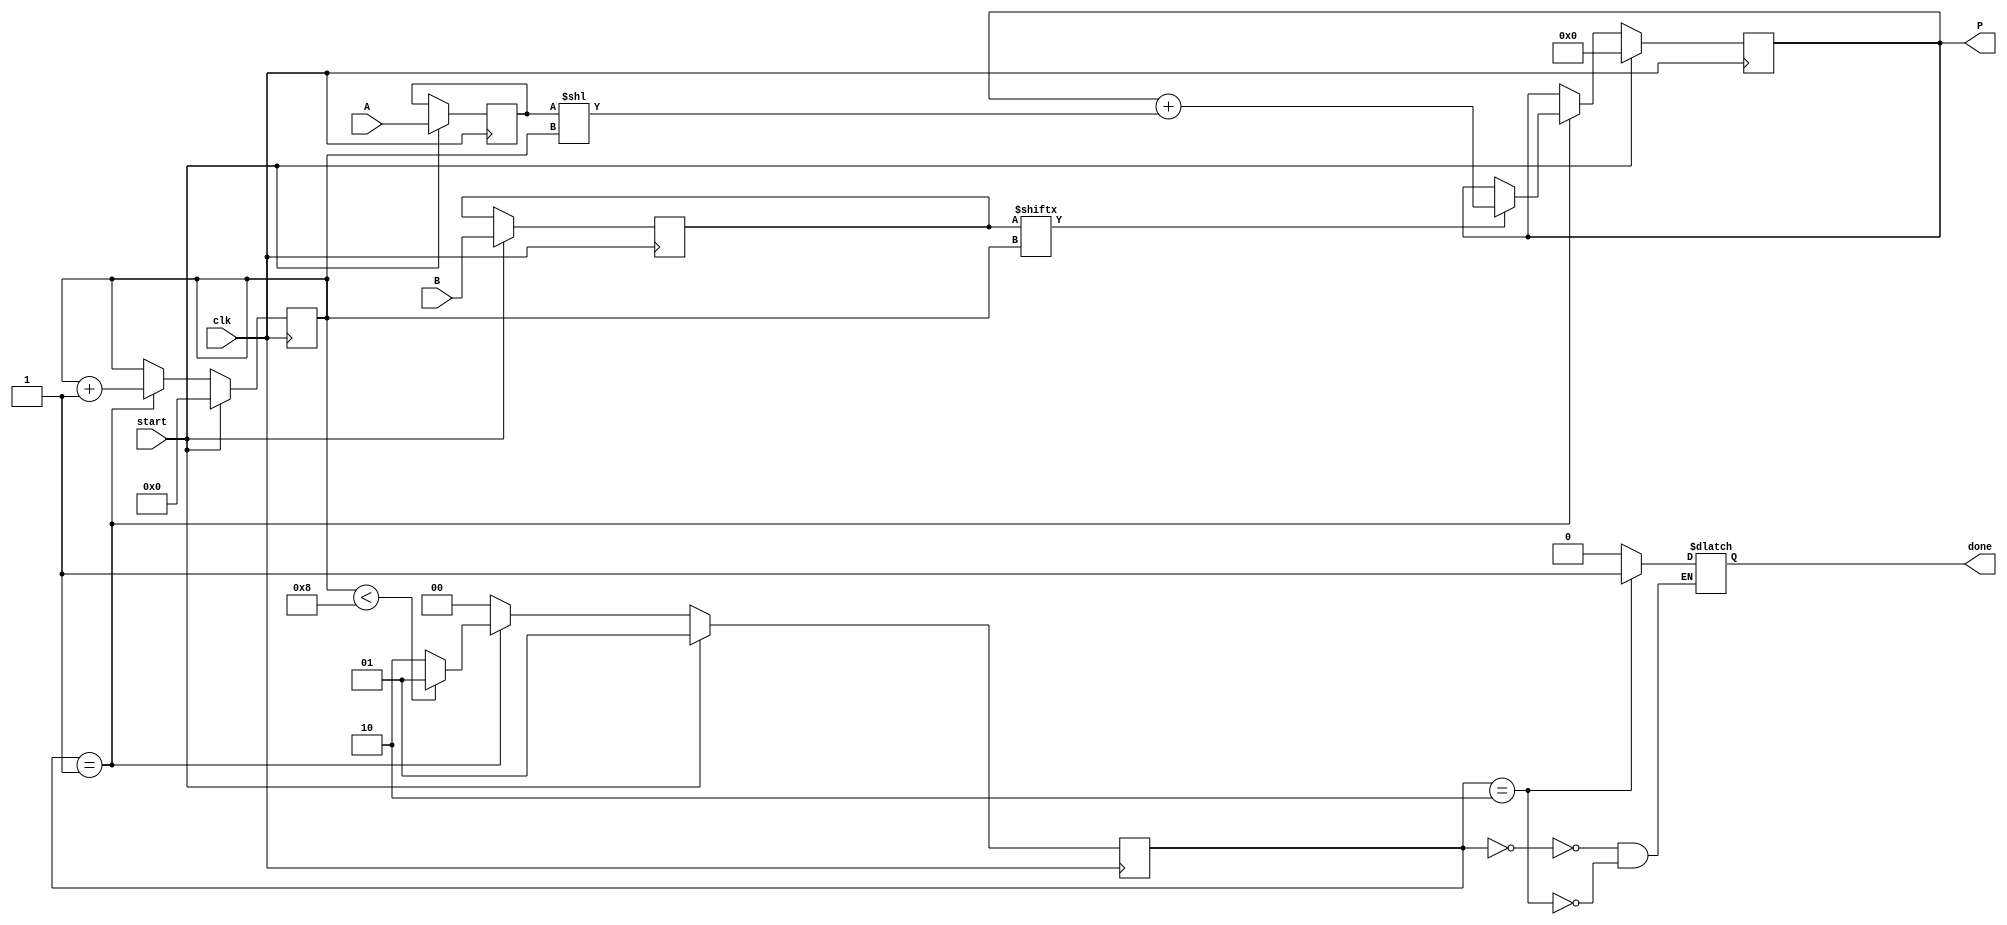
module radix2_multiplier #(parameter N = 8) (
    input wire [N-1:0] A,     // First operand
    input wire [N-1:0] B,     // Second operand
    input wire clk,            // Clock signal
    input wire start,          // Start signal for multiplication
    output reg [2*N-1:0] P,    // Product output
    output reg done            // Done signal to indicate completion
);

    reg [2*N-1:0] temp_sum;     // Temporary sum for accumulation
    reg [N-1:0] multiplicand;    // Holds the multiplicand (A)
    reg [N-1:0] multiplier;      // Holds the multiplier (B)
    reg [4:0] count;            // Counter for number of bits processed

    // State Machine for control
    localparam IDLE = 2'b00, PROCESS = 2'b01, DONE = 2'b10;
    reg [1:0] state, next_state;

    // Sequential logic for state transitions
    always @(posedge clk) begin
        if (start) begin
            state <= PROCESS;
        end else begin
            state <= next_state;
        end
    end

    // Combinational logic for state behavior
    always @(*) begin
        case (state)
            IDLE: begin
                done = 1'b0;
                if (start) begin
                    next_state = PROCESS;
                end else begin
                    next_state = IDLE;
                end
            end

            PROCESS: begin
                if (count < N) begin
                    next_state = PROCESS;
                end else begin
                    next_state = DONE;
                end
            end

            DONE: begin
                done = 1'b1;
                next_state = IDLE;
            end

            default: next_state = IDLE;
        endcase
    end

    // Clear product and initiate multiplication
    always @(posedge clk) begin
        if (start) begin
            P <= 0;
            temp_sum <= 0;
            count <= 0;
            multiplicand <= A;
            multiplier <= B;
        end else if (state == PROCESS) begin
            // Shift and Add
            if (multiplier[count]) begin
                temp_sum = P + (multiplicand << count);
            end else begin
                temp_sum = P;
            end
            P <= temp_sum;
            count <= count + 1;
        end
    end

endmodule